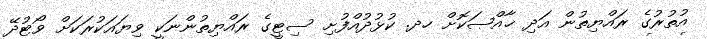
އުތުރުގެ ރައްޔިތުން އަދި ޚާއްޞަކޮށް ހދ. ކުޅުދުއްފުށި ސިޓީގެ ރައްޔިތުންނަކީ ވިޔައަކުރަކަށް ވޯޓުދޭ